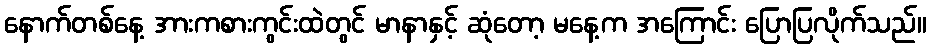
နောက်တစ်နေ့ အားကစားကွင်းထဲတွင် မာနာနှင့် ဆုံတော့ မနေ့က အကြောင်း ပြောပြလိုက်သည်။